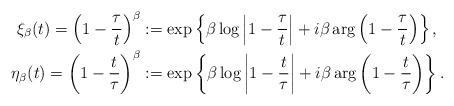
LaTeX: \begin{align*}\xi_\beta(t) =\left ( 1-\frac{\tau}{t} \right )^\beta & :=\exp\left\{ \beta \log \left | 1-\frac{\tau}{t} \right | + i \beta \arg \left ( 1-\frac{\tau}{t} \right ) \right \}, \\ \eta_\beta(t)=\left (1-\frac{t}{\tau}\right )^\beta & :=\exp\left \{ \beta \log \left |1-\frac{t}{\tau} \right | + i \beta \arg \left ( 1-\frac{t}{\tau} \right ) \right \}.\end{align*}